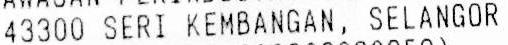
43300 SERI KEMBANGAN, SELANGOR